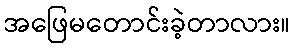
အဖြေမတောင်းခဲ့တာလား။